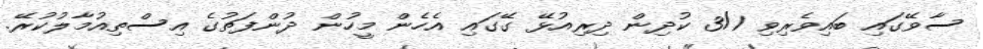
ސާވޭގައި ބައިވެރިވި 3/1 ކުދިން ދިރިއުޅޭ ގޭގައި އެހެން މީހުން ދުންފަތުގެ އިސްތިއުމާލުކުރޭ.